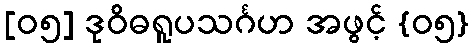
[၀၅] ဒုဝိဓရူပသင်္ဂဟ အဖွင့် {၀၅}